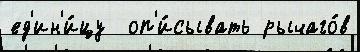
ед'ин'и́цу  оп'и́сывать рычаго́в